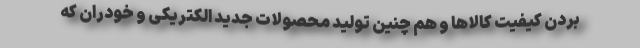
بردن کیفیت کالاها و هم چنین تولید محصولات جدید الکتریکی و خودران که